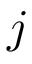
j